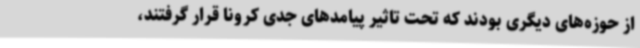
از حوزه‌های دیگری بودند که تحت تاثیر پیامدهای جدی کرونا قرار گرفتند،